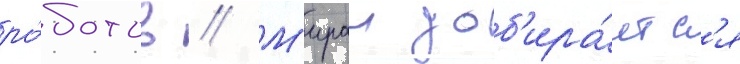
ро́ботов // М'ираи доб'ира́етс'я